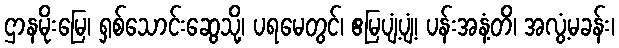
ဌာနမိုးမြေ၊ ရှစ်သောင်းဆွေသို့၊ ပရမေတွင်၊ ဧမြပျံ့ပျံ့၊ ပန်းအနံ့တိ၊ အလွံ့မခန်း၊